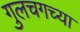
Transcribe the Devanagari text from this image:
गुलचगच्या